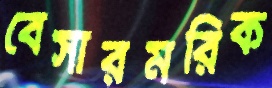
বেসারমরিক